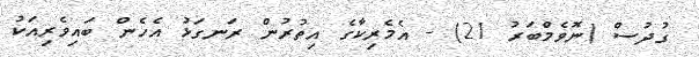
ގުދުސް (ނޮވެމްބަރު 21) - އެމެރިކާގެ އިތުރުން ރަނގަޅު އެހެން ބައިވެރިއަކު